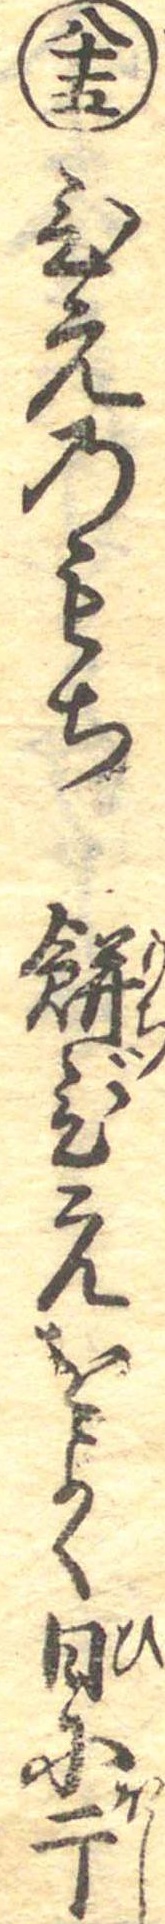
八十五ひえのもち餅びえをよく日に干